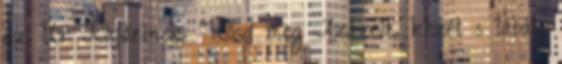
az Úr Rafáelnek: "Kösd meg Azázelt, kezét s lábát,